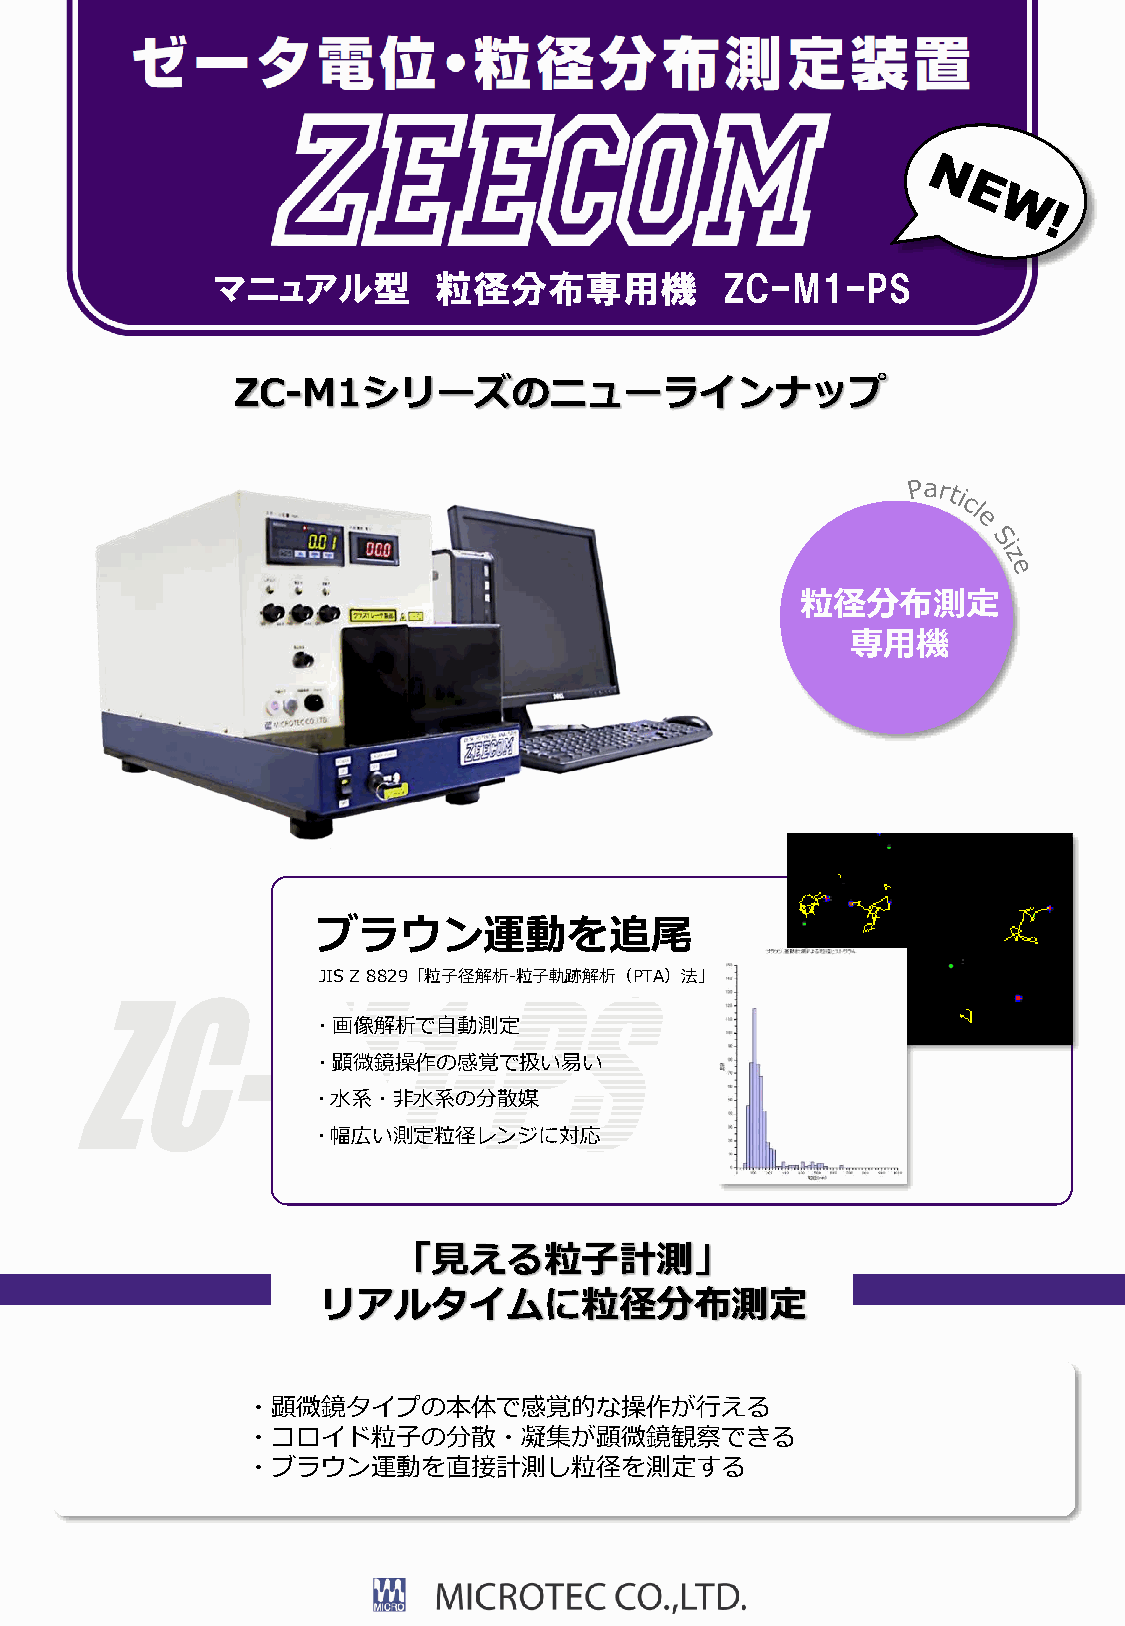
マニュアル型         粒径分布専用機            ZC-M1-PS
 ZC-M1シリーズのニューラインナップ
 粒径分布測定
 専用機
 ブラウン運動を追尾
 JIS Z 8829「粒子径解析-粒子軌跡解析（PTA）法」
 ・画像解析で自動測定
 ・顕微鏡操作の感覚で扱い易い
 ・水系・非水系の分散媒
 ・幅広い測定粒径レンジに対応
 「見える粒子計測」
 リアルタイムに粒径分布測定
 ・顕微鏡タイプの本体で感覚的な操作が行える
 ・コロイド粒子の分散・凝集が顕微鏡観察できる
 ・ブラウン運動を直接計測し粒径を測定する